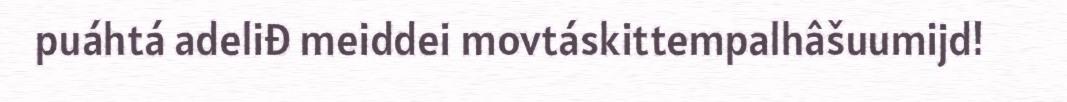
puáhtá adeliđ meiddei movtáskittempalhâšuumijd!